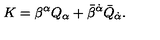
K = \beta ^ { \alpha } Q _ { \alpha } + \bar { \beta } ^ { \dot { \alpha } } \bar { Q } _ { \dot { \alpha } } .